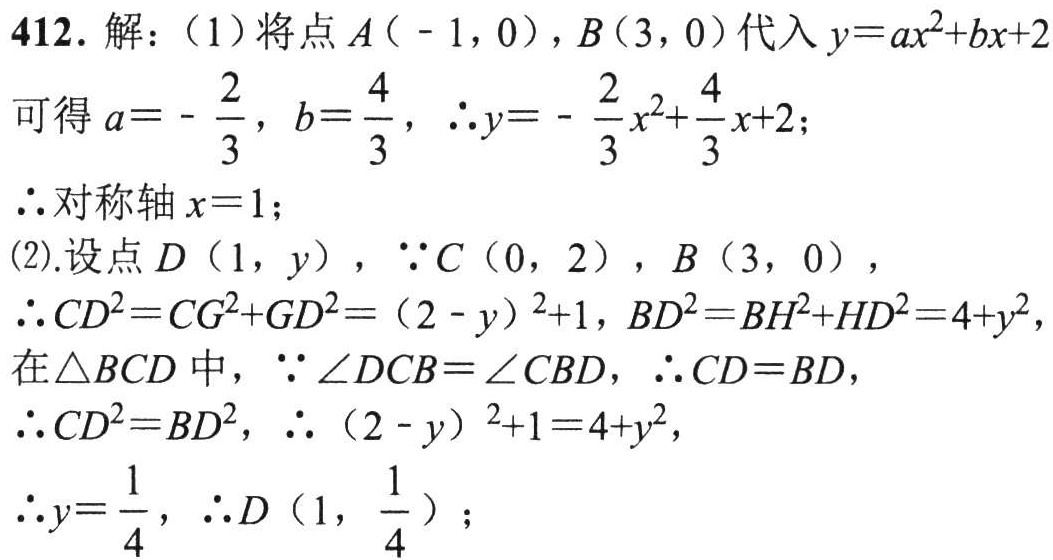
412. 解：（1）将点\(A(-1,0)\)，\(B(3,0)\)代入\(y = ax^{2}+bx + 2\)
可得\(a=-\dfrac{2}{3}\)，\(b = \dfrac{4}{3}\)，\(\therefore y=-\dfrac{2}{3}x^{2}+\dfrac{4}{3}x + 2\)；
\(\therefore\)对称轴\(x = 1\)；
(2).设点\(D(1,y)\)，\(\because C(0,2)\)，\(B(3,0)\)，
\(\therefore CD^{2}=CG^{2}+GD^{2}=(2 - y)^{2}+1\)，\(BD^{2}=BH^{2}+HD^{2}=4 + y^{2}\)，
在\(\triangle BCD\)中，\(\because\angle DCB=\angle CBD\)，\(\therefore CD = BD\)，
\(\therefore CD^{2}=BD^{2}\)，\(\therefore(2 - y)^{2}+1=4 + y^{2}\)，
\(\therefore y=\dfrac{1}{4}\)，\(\therefore D\left(1,\dfrac{1}{4}\right)\)；